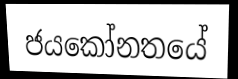
ජයකෝනතයේ